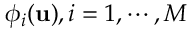
\phi _ { i } ( \mathbf { u } ) , i = 1 , \cdots , M